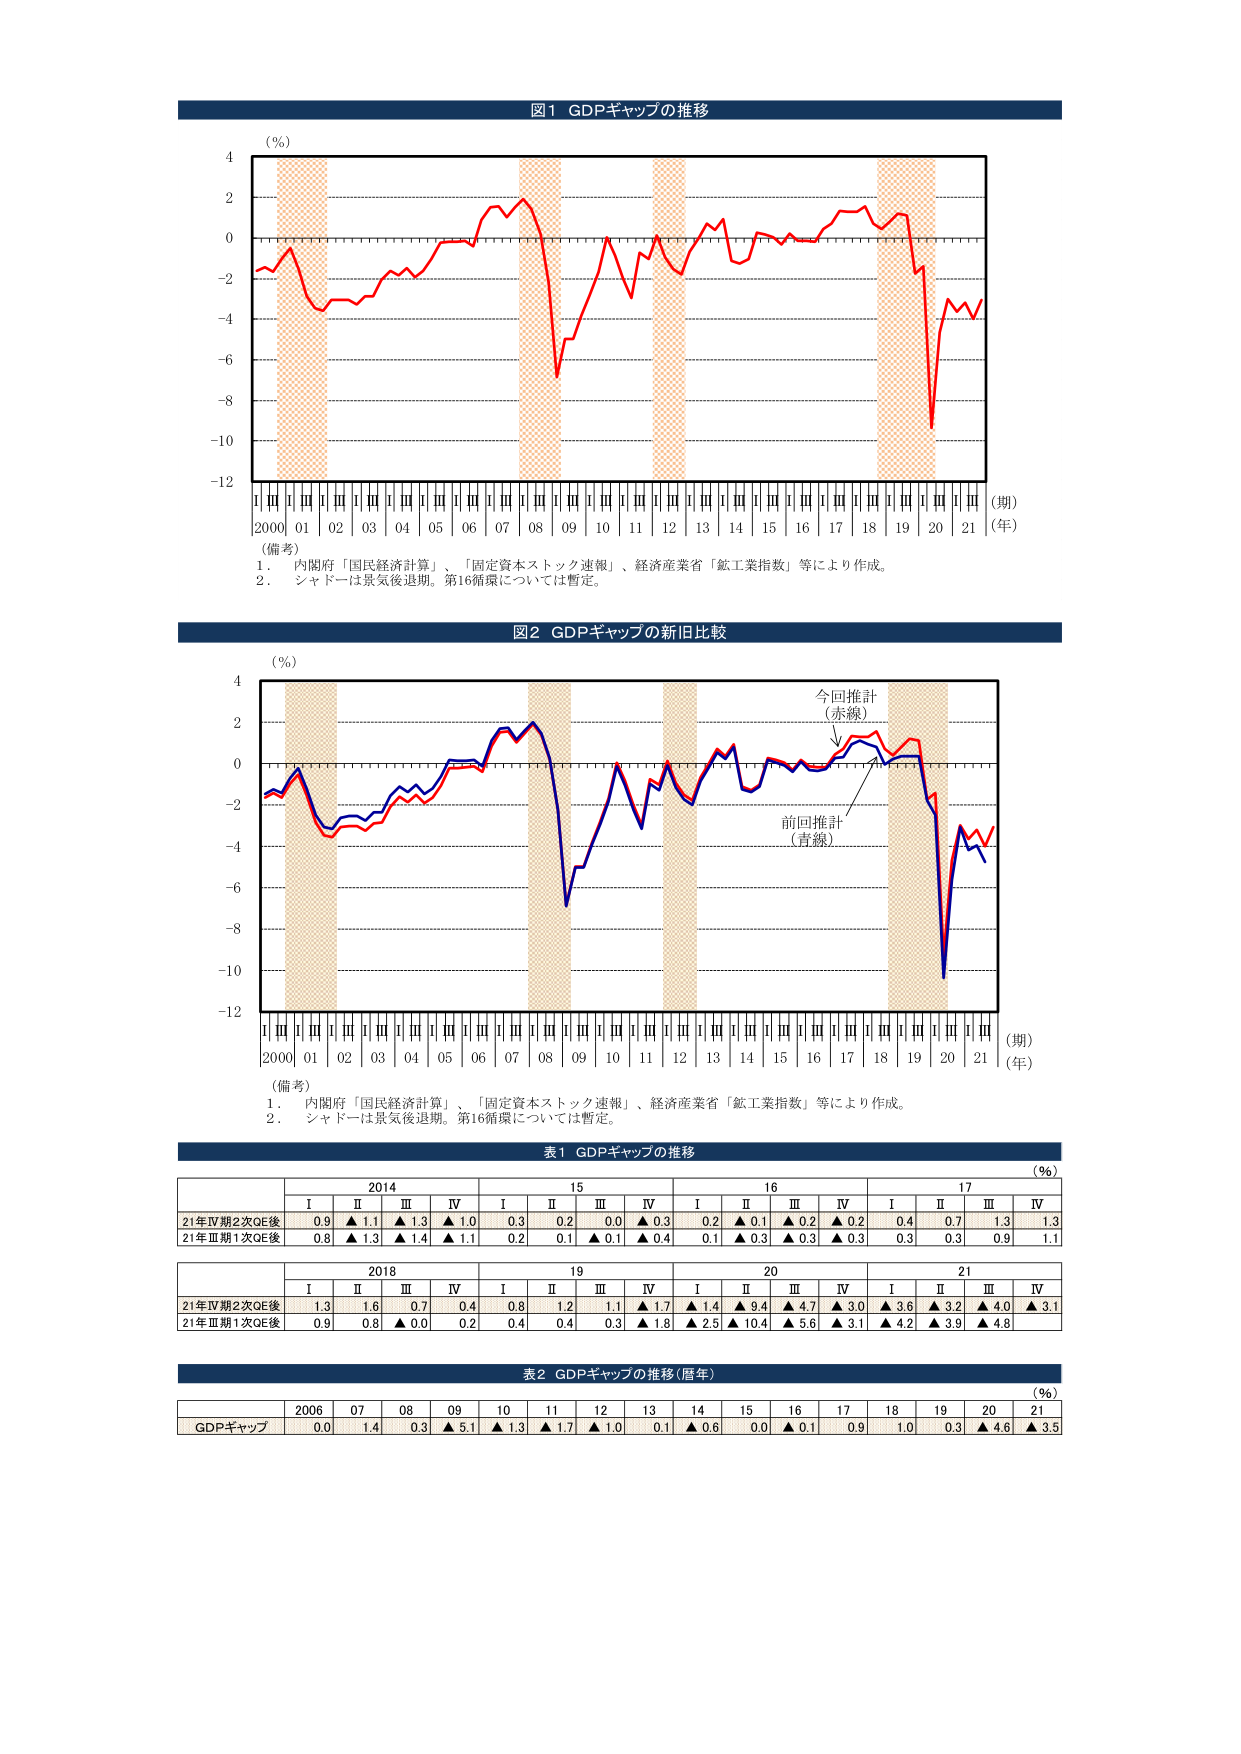
図1 GDPギャップの推移
(%)
(期)
2000 01 02 03 04 05 06 07 08 09 10 11 12 13 14 15 16 17 18 19 20 21 (年)
(備考)
1．内閣府「国民経済計算」、「固定資本ストック速報」、経済産業省「鉱工業指数」等により作成。
2．シャドーは景気後退期。第16循環については暫定。

図2 GDPギャップの新旧比較
(%)
(期)
2000 01 02 03 04 05 06 07 08 09 10 11 12 13 14 15 16 17 18 19 20 21 (年)
今回推計
(赤線)
前回推計
(青線)
(備考)
1．内閣府「国民経済計算」、「固定資本ストック速報」、経済産業省「鉱工業指数」等により作成。
2．シャドーは景気後退期。第16循環については暫定。

表1 GDPギャップの推移
(%)
2014 15 16 17
I II III IV I II III IV I II III IV I II III IV
21年Ⅳ期2次QE後 0.9 ▲1.1 ▲1.3 ▲1.0 0.3 0.2 0.0 ▲0.3 0.2 ▲0.1 ▲0.2 ▲0.2 0.4 0.7 1.3 1.3
21年Ⅲ期1次QE後 0.8 ▲1.3 ▲1.4 ▲1.1 0.2 0.1 ▲0.1 ▲0.4 0.1 ▲0.3 ▲0.3 ▲0.3 0.3 0.3 0.9 1.1
2018 19 20 21
I II III IV I II III IV I II III IV I II III IV
21年Ⅳ期2次QE後 1.3 1.6 0.7 0.4 0.8 1.2 1.1 ▲1.7 ▲1.4 ▲9.4 ▲4.7 ▲3.0 ▲3.6 ▲3.2 ▲4.0 ▲3.1
21年Ⅲ期1次QE後 0.9 0.8 ▲0.0 0.2 0.4 0.4 0.3 ▲1.8 ▲2.5 ▲10.4 ▲5.6 ▲3.1 ▲4.2 ▲3.9 ▲4.8

表2 GDPギャップの推移(暦年)
(%)
2006 07 08 09 10 11 12 13 14 15 16 17 18 19 20 21
GDPギャップ 0.0 1.4 0.3 ▲5.1 ▲1.3 ▲1.7 ▲1.0 0.1 ▲0.6 0.0 ▲0.1 0.9 1.0 0.3 ▲4.6 ▲3.5